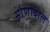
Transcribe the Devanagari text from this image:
सोणोवाल